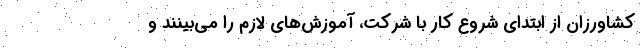
کشاورزان از ابتدای شروع کار با شرکت، آموزش‌های لازم را می‌بینند و